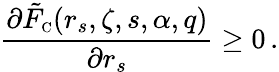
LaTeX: \frac{\partial\tilde{F}_{\scriptscriptstyle\mathrm{C}}(r_{s},\zeta,s,\alpha,q)}{\partial r_{s}}\geq 0\, .